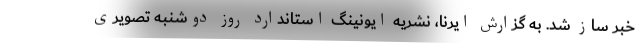
خبر ساز شد. به گزارش ایرنا، نشریه ایونینگ استاندارد روز دوشنبه تصویری